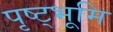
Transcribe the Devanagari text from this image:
पृष्ट्भूमि